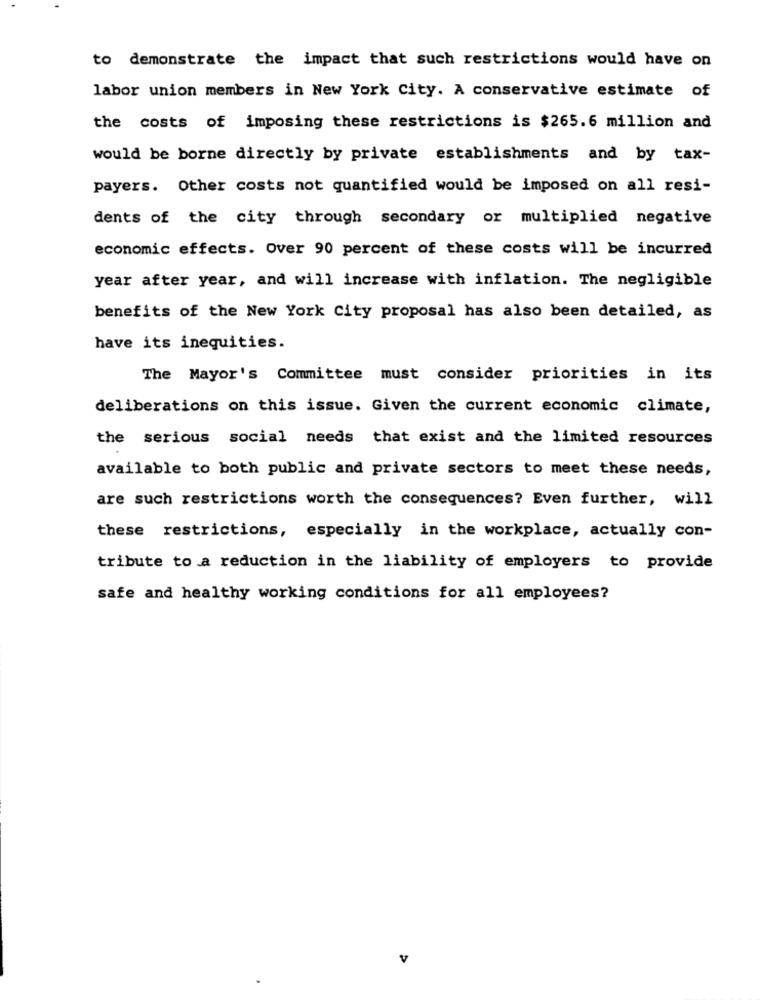
to demonstrate the impact that such restrictions would have on
labor union members in New York City. A conservative estimate of
the costs of imposing these restrictions is $265.6 million and
would be borne directly by private establishments and by tax-
payers. Other costs not quantified would be imposed on all resi-
dents of the city through secondary or multiplied negative
economic effects. Over 90 percent of these costs will be incurred
year after year, and will increase with inflation. The negligible
benefits of the New York City proposal has also been detailed, as
have its inequities.
The Mayor's Committee must consider priorities in its
deliberations on this issue. Given the current economic climate,
the serious social needs that exist and the limited resources
available to both public and private sectors to meet these needs,
are such restrictions worth the consequences? Even further, will
these restrictions, especially in the workplace, actually con-
tribute to a reduction in the liability of employers to provide
safe and healthy working conditions for all employees?
5